Insane asylums Bombay 1873-77 - 1873-1877
Year: 1873
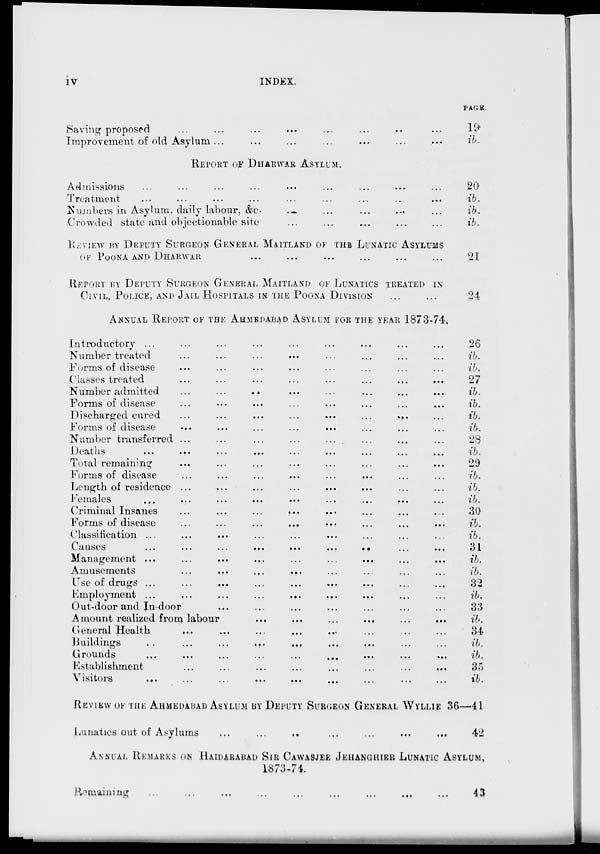
iv
INDEX.
Saving proposed ... ... ... ... ... ... ... ...
Improvement of old Asylum ... ... ... ... ... ... ...
REPORT OF DHARWAR ASYLUM.
Admissions ... ... ... ... ... ... ... ... ...
Treatment ... ... ... ... ... ... ... ... ...
Numbers in Asylum, daily labour, &c. .. ... ... ... ...
Crowded state and objectionable site ... ... ... ... ...
REVIEW BY DEPUTY SURGEON GENERAL MAITLAND OF THE LUNATIC ASYLUMS
OF POONA AND DHARWAR ... ... ... ... ... ...
REPORT BY DEPUTY SURGEON GENERAL MAITLAND OF TREATED IN
CIVIL, POLICE, AND JAIL HOSPITALS IN THE POONA DIVISION ... ...
ANNUAL REPORT OF THE AHMEDABAD ASYLUM FOR THE YEAR 1873-74.
Introductory ... ... ... ... ... ... ... ... ...
Number treated ... ... ... ... ... ... ... ...
Forms of disease ... ... ... ... ... ... ... ...
Classes treated ... ... ... ... ... ... ... ...
Number admitted ... ... ... ... ... ... ... ...
Forms of disease ... ... ... ... ... ... ... ...
Discharged cured ... ... ... ... ... ... ... ...
Forms of disease ... ... ... ... ... ... ... ...
Number transferred ... ... ... ... ... ... ... ...
Deaths ... ... ... ... ... ... ... ... ...
Total remaining ... ... ... ... ... ... ... ...
Forms of disease ... ... ... ... ... ... ... ...
Length of residence ... ... ... ... ... ... ... ...
Females ... ... ... ... ... ... ... ... ...
Criminal Insanes ... ... ... ... ... ... ... ...
Forms of disease ... ... ... ... ... ... ... ...
Classification ... ... ... ... ... ... ... ... ...
Causes ... ... ... ... ... ... ... ... ...
Management ... ... ... ... ... ... ... ... ...
Amusements ... ... ... ... ... ... ... ...
Use of drugs ... ... ... ... ... ... ... ... ...
Employment ... ... ... ... ... ... ... ... ...
Out-door and In-door ... ... ... ... ... ... ...
Amount realized from labour ... ... ... ... ... ...
General Health ... ... ... ... ... ... ... ... ...
Buildings
..
...
...
...
...
...
...
...
...
Grounds ... ... ... ... ... ... ... ... ...
Establishment ... ... ... ... ... ... ... ...
Visitors ... ... ... ... ... ... ... ... ...
PAGE.
19
ib.
20
ib.
ib.
ib.
21
24
26
ib.
ib.
27
ib.
ib.
ib.
ib.
28
ib.
29
ib.
ib.
ib.
30
ib.
ib.
31
ib.
ib.
32
ib.
33
ib.
34
ib.
ib.
35
ib.
REVIEW OF THE AHMEDABAD ASYLUM BY DEPUTY SURGEON GENERAL WYLLIE 36—41
Lunatics out of Asylums ... ... .. ... ... ... ...
42
ANNUAL REMARKS ON HAIDARABAD SIR CAWASJEE JEHANGHIER LUNATIC ASYLUM,
1873-74.
Remaining ... ... ... ... ... ... ... ... ...
43